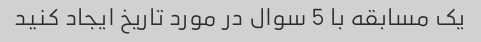
یک مسابقه با 5 سوال در مورد تاریخ ایجاد کنید